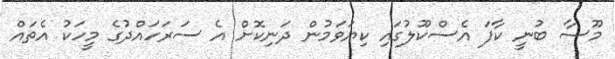
މޫސާ ބުނީ ކާފަ އެސްކޫލުގައި ކިޔަވަމުން ދަނިކޮށް އެ ސަރަހައްދުގެ މީހަކު އެތައް